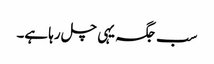
سب جگہ یہی چل رہا ہے۔